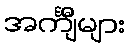
အင်္ကျီများ